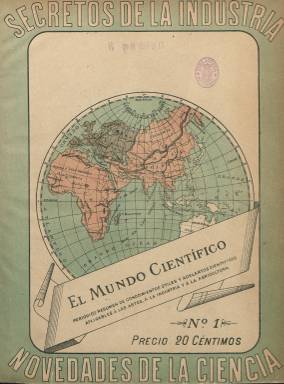
Título: El Mundo científico (Barcelona. 1899)
Otros títulos: Mundo científico, técnico, industrial
Colección: Ciencias || Industria
Ámbito geográfico: Barcelona
Lugar de publicación: Barcelona
Fechas: 20/05/1899-08/07/1911

Con el subtítulo “periódico resumen de adelantos científicos y conocimientos útiles aplicables a las artes, a la industria y a la agricultura”, comienza a publicarse el 20 de mayo de 1899 esta revista con unas bellas cubiertas estampadas a color y otras ilustraciones en el interior de sus dieciocho páginas, en blanco y negro, como dibujos y figuras y fotograbados sobre una gran diversidad de materias referidas a geografía (inserta numerosos mapas tanto de España como del mundo y de vistas de ciudades), geología, botánica, agricultura, enología, zoología, meteorología, astronomía, química (general, analítica e industrial), perfumería, fotografía, minería, construcciones y transportes navales o ferroviarios, electricidad, mecánica, montes, microbiología, higiene, acústica, toxicología, obras públicas, expediciones viajeras, antropología, exposiciones universales o congresos, o procedimientos físico-químicos generalmente aplicados a la tecnología, la industria y el comercio. Son textos de divulgación o noticias centradas en las “novedades de la ciencia” y en los “secretos de la industria”, tal como se indica en su cabecera.

La revista se estructura en secciones, como las tituladas Los héroes de la ciencia, generalmente acompañada de un fotograbado con el retrato de cada biografiado, que firman Mariano Maciá, Eduard Fontseré, Arturo Bofill, J. de Riera, J. Batlle o J. Prats, entre otros; Apuntes politécnicos; Novedades científicas, como revista de revistas extranjeras; Crónica; Industria y comercio; Variedades; Notas curiosas o Bibliografía. También inserta anuncios publicitarios y un Memorándum industrial, y una sección recreativa, con pasatiempos o alguna máxima gráfica. Realizó una edición especial para las Américas, teniendo corresponsales en México y Buenos Aires.

Compuesta a una y dos columnas, su paginación es continuada y en la última entrega de cada año confecciona un índice de las materias contenidas en cada volumen o tomo. También al final de cada entrega inserta el sumario del número anterior. Como explicación de sus informaciones inserta numerosos dibujos y figuras explicativas de aparatos, máquinas, experimentos o fórmulas, y al principio unos bellos mapas en color o dibujos así mismo coloreados de construcciones o inventos. Por ejemplo, publica el mapa con el trazado del ferrocarril Transiberiano o una vista del comedor instalado en la barquilla-vagón del dirigible Alemania; y ofrece una amplia información sobre cuestiones químicas de fotografía, cámaras para usos científicos, como la microfotografía, la iluminación, el laboratorio o tipos de papel de reproducción.

Al principio fue una “revista quincenal”, saliendo los días 5 y 20 de cada mes, para, a partir de enero de 1901, adoptar el subtítulo “revista semanal ilustrada de ciencias y sus aplicaciones prácticas a la industria” y aparecer desde entonces cada sábado. Su fundador y primer director fue el médico M. de Sanz Anglada, que a partir del 16 de noviembre de ese año (número 85) será sustituido en la dirección por un especialista en meteorología como fue el físico Eduard Fontseré i Riba (1870-1970), principal redactor de sus contenidos y catedrático de la Universidad de Barcelona. A partir del 20 de junio de 1903, Mariano Maciá entrega también la propiedad y edición a J. Masgrau y Planas, siendo administrador Leopoldo Varó. A partir del cuatro de julio de este último año (número 170), la revista inicia una segunda época, asumiendo su dirección el biólogo Odón de Buen (1863-1945), que será sustituido por el químico y farmacéutico Casimir Brugués (1863-1940) a partir del dos de julio de 1904 (número 222). Cada editor y director le dará a la revista un carácter específico.

Tras publicar el número 588, el ocho de julio de 1911, modifica su título a: El Mundo científico, inventos modernos, que también forma parte de la colección de la Biblioteca Nacional de España.